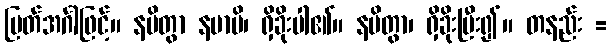
မြတ်အင်္ဂါဖြင့်။ နမိတွာ နမာမိ၊ ရှိခိုးပါ၏။ နမိတွာ၊ ရှိခိုးပြီး၍။ တနည်း =